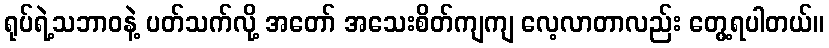
ရုပ်ရဲ့သဘာဝနဲ့ ပတ်သက်လို့ အတော် အသေးစိတ်ကျကျ လေ့လာတာလည်း တွေ့ရပါတယ်။